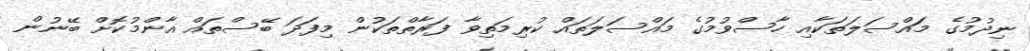
ނިދުމުގެ މައްސަލަތަކާއި ހާސްވުމުގެ މައްސަލަތައް ކުރިމަތިވާ ފަރާތްތަކުން މިފަދަ ބޭސްތައް އާންމުކޮށް ބޭނުން